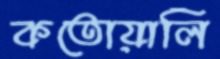
কতোয়ালি